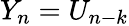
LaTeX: Y_{n}=U_{n-k}